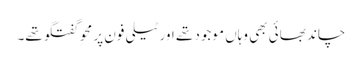
چاند بھائی بھی وہاں موجود تھے اور ٹیلی فون پر محوِ گفتگو تھے۔